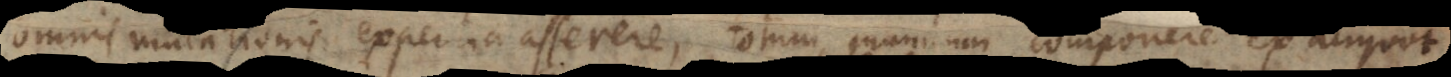
omnis mutationis expertia asserere, totum mundum componere ex aliquot